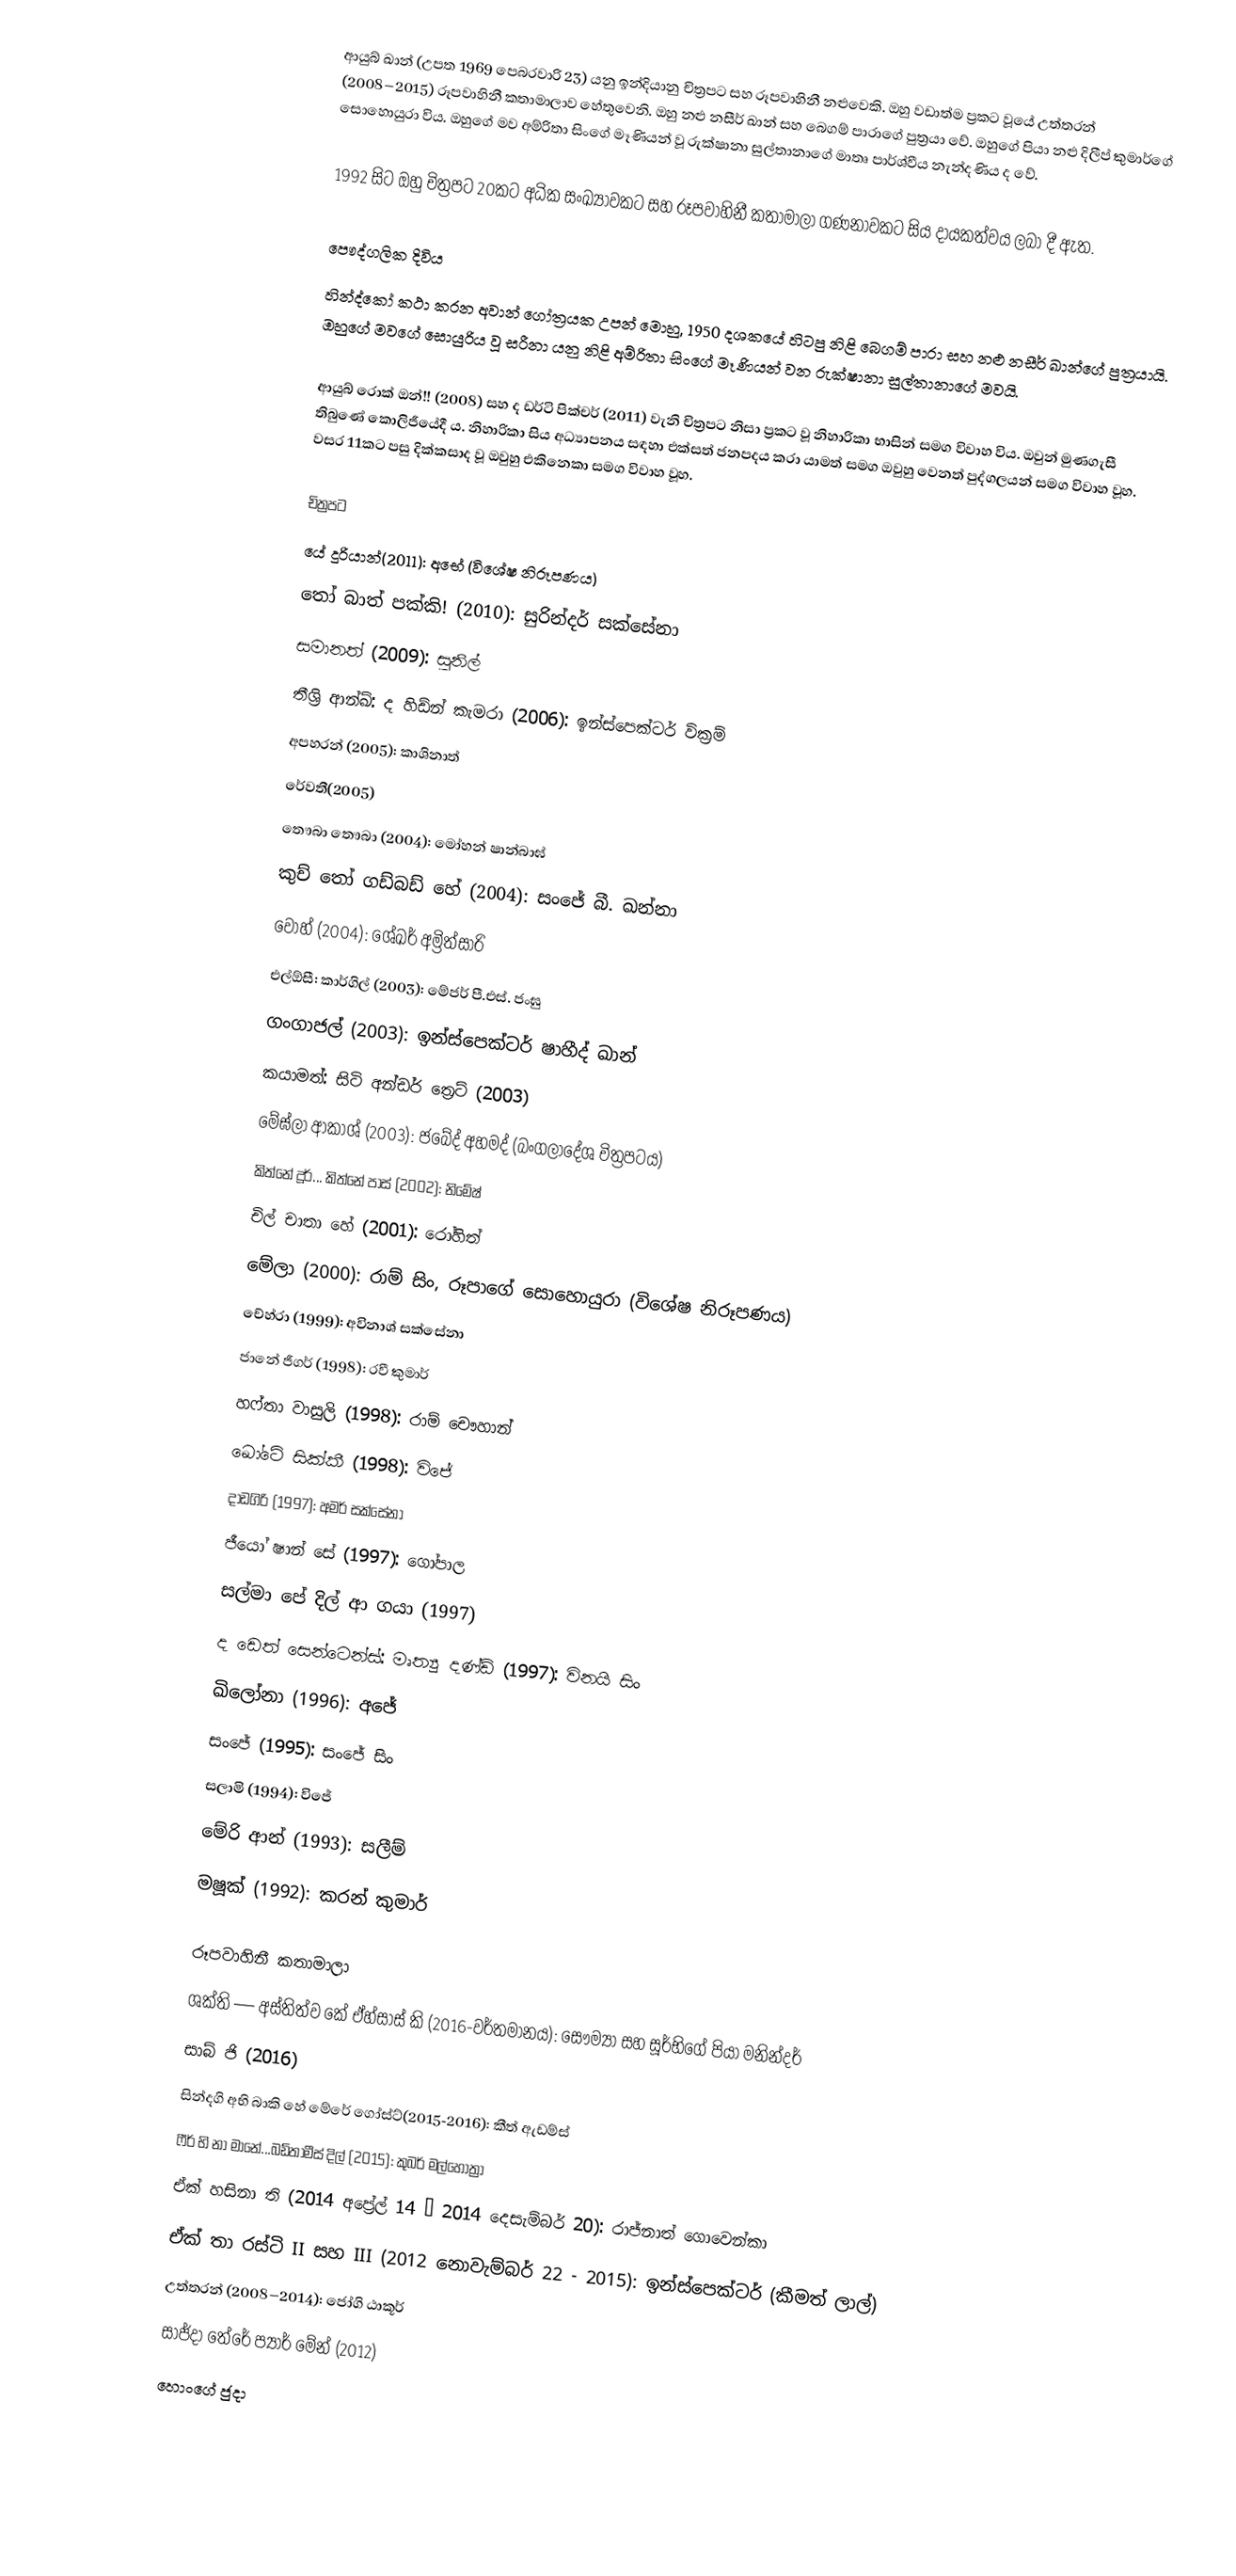
ආයුබ් ඛාන් (උපත 1969 පෙබරවාරි 23) යනු ඉන්දියානු චිත්‍රපට සහ රූපවාහිනී නළුවෙකි. ඔහු වඩාත්ම ප්‍රකට වූයේ උත්තරන් (2008–2015) රූපවාහිනී කතාමාලාව හේතුවෙනි. ඔහු නළු නසීර් ඛාන් සහ බෙගම් පාරාගේ පුත්‍රයා වේ. ඔහුගේ පියා නළු දිලීප් කුමාර්ගේ සොහොයුරා විය. ඔහුගේ මව අම්රිතා සිංගේ මෑණියන් වූ රුක්ෂානා සුල්තානාගේ මාතෘ පාර්ශ්වීය නැන්දණිය ද වේ.

1992 සිට ඔහු චිත්‍රපට 20කට අධික සංඛ්‍යාවකට සහ රූපවාහිනී කතාමාලා ගණනාවකට සිය දායකත්වය ලබා දී ඇත.

පෞද්ගලික දිවිය
හින්ද්කෝ කථා කරන අවාන් ගෝත්‍රයක උපන් මොහු, 1950 දශකයේ හිටපු නිළි බෙගම් පාරා සහ නළු නසීර් ඛාන්ගේ පුත්‍රයායි. ඔහුගේ මවගේ සොයුරිය වූ සරීනා යනු නිළි අම්රිතා සිංගේ මෑණියන් වන රුක්ෂානා සුල්තානාගේ මවයි.

ආයුබ් රොක් ඔන්!! (2008) සහ ද ඩර්ටි පික්චර් (2011) වැනි චිත්‍රපට නිසා ප්‍රකට වූ නිහාරිකා භාසින් සමග විවාහ විය. ඔවුන් මුණගැසී තිබුණේ කොලිජීයේදී ය. නිහාරිකා සිය අධ්‍යාපනය සඳහා එක්සත් ජනපදය කරා යාමත් සමග ඔවුහු වෙනත් පුද්ගලයන් සමග විවාහ වූහ. වසර 11කට පසු දික්කසාද වූ ඔවුහු එකිනෙකා සමග විවාහ වූහ.

චිත්‍රපට
 යේ දූරියාන්(2011): අභේ (විශේෂ නිරූපණය)
 තෝ බාත් පක්කි! (2010): සුරින්දර් සක්සේනා
 සමානත් (2009): සුනිල්
 තීශ්‍රි ආන්ඛ්: ද හිඩ්න් කැමරා (2006): ඉන්ස්පෙක්ටර් වික්‍රම්
 අපහරන් (2005): කාශිනාත්
 රේවතී(2005)
 තෞබා තෞබා (2004): මෝහන් ෂාන්බාඝ්
 කුච් තෝ ගඩ්බඩ් හේ (2004): සංජේ බී. ඛන්නා
 වෝහ් (2004): ශේඛර් අම්‍රිත්සාරි
 එල්ඕසී: කාර්ගිල් (2003): මේජර් පී.එස්. ජංඝු
 ගංගාජල් (2003): ඉන්ස්පෙක්ටර් ෂාහීද් ඛාන්
 කයාමත්: සිටි අන්ඩර් ත්‍රෙට් (2003)
 මේඝ්ලා ආකාශ් (2003): ජබේද් අහමද් (බංගලාදේශ චිත්‍රපටය)
 කිත්නේ දූර්... කිත්නේ පාස් (2002): නිමේෂ්
 චිල් චාතා හේ (2001): රෝහිත්
 මේලා (2000): රාම් සිං, රූපාගේ සොහොයුරා (විශේෂ නිරූපණය)
 චේහ්රා (1999): අවිනාශ් සක්සේනා
 ජානේ ජීගර් (1998): රවී කුමාර්
 හෆ්තා වාසුලි (1998): රාම් චෞහාන්
 ඛෝටේ සික්කී (1998): විජේ
 දාඩගිරි (1997): අමර් සක්සේනා
 ජීයෝ ෂාන් සේ (1997): ගෝපාල
 සල්මා පේ දිල් ආ ගයා (1997)
 ද ඩෙත් සෙන්ටෙන්ස්: මෘත්‍යු දණ්ඩ් (1997): විනයි සිං
 ඛිලෝනා (1996): අජේ
 සංජේ (1995): සංජේ සිං
 සලාමි (1994): විජේ
 මේරි ආන් (1993): සලීම්
 මෂූක් (1992): කරන් කුමාර්

රූපවාහිනී කතාමාලා
 ශක්ති — අස්තිත්ව කේ ඒහ්සාස් කි (2016-වර්තමානය): සෞම්‍යා සහ සූර්භිගේ පියා මනින්දර්
 සාබ් ජි (2016)
 සින්දගි අභි බාකි හේ මේරේ ගෝස්ට්(2015-2016): කීත් ඇඩම්ස්
 ෆීර් භි නා මානේ...බඩ්තාමීස් දිල් (2015): කුබර් මල්හෝත්‍රා
 ඒක් හසිනා ති (2014 අප්‍රේල් 14 – 2014 දෙසැම්බර් 20): රාජ්නාත් ගොවෙන්කා
 ඒක් තා රස්ටි II සහ III (2012 නොවැම්බර් 22 - 2015): ඉන්ස්පෙක්ටර් (කීමත් ලාල්)
 උත්තරන් (2008–2014): ජෝගි ඨාකූර්
 සාජ්දා තේරේ ප්‍යාර් මේන් (2012)
 හොංගේ ජුදා